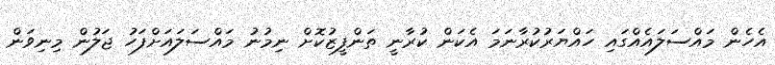
އެހެން މައްސަލައެއްގައި ހައްޔަރުކުރާނަމަ އެކަން ކުރާނީ ތަންފީޒުކޮށް ނިމުނު މައްސަލައަށްފަހު ޖަލުން މިނިވަން